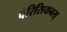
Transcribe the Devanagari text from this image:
पेरिसियनस्